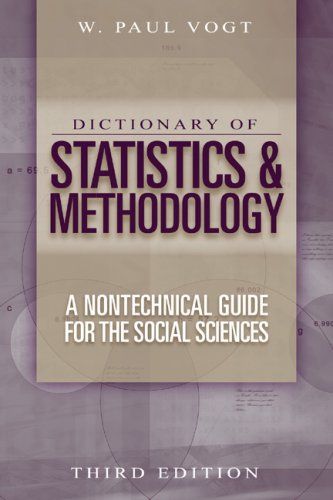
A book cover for Dictionary of Statistics & Methodology: A Nontechnical Guide for the Social Sciences; Politics & Social Sciences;